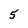
Character: 5